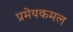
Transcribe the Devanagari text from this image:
प्रमेयकमल